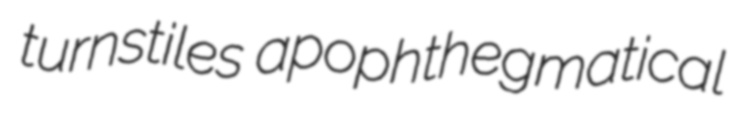
turnstiles apophthegmatical